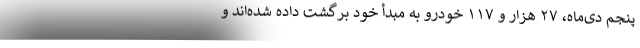
پنجم دی‌ماه، ۲۷ هزار و ۱۱۷ خودرو به مبدأ خود برگشت داده شده‌اند و